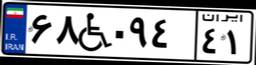
۲۸W۶۰۶۶۱